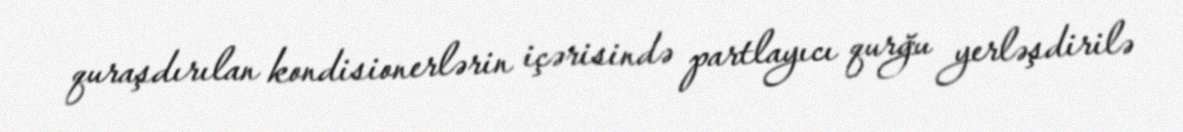
quraşdırılan kondisionerlərin içərisində partlayıcı qurğu yerləşdirilə